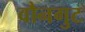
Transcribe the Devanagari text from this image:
वौनगुट